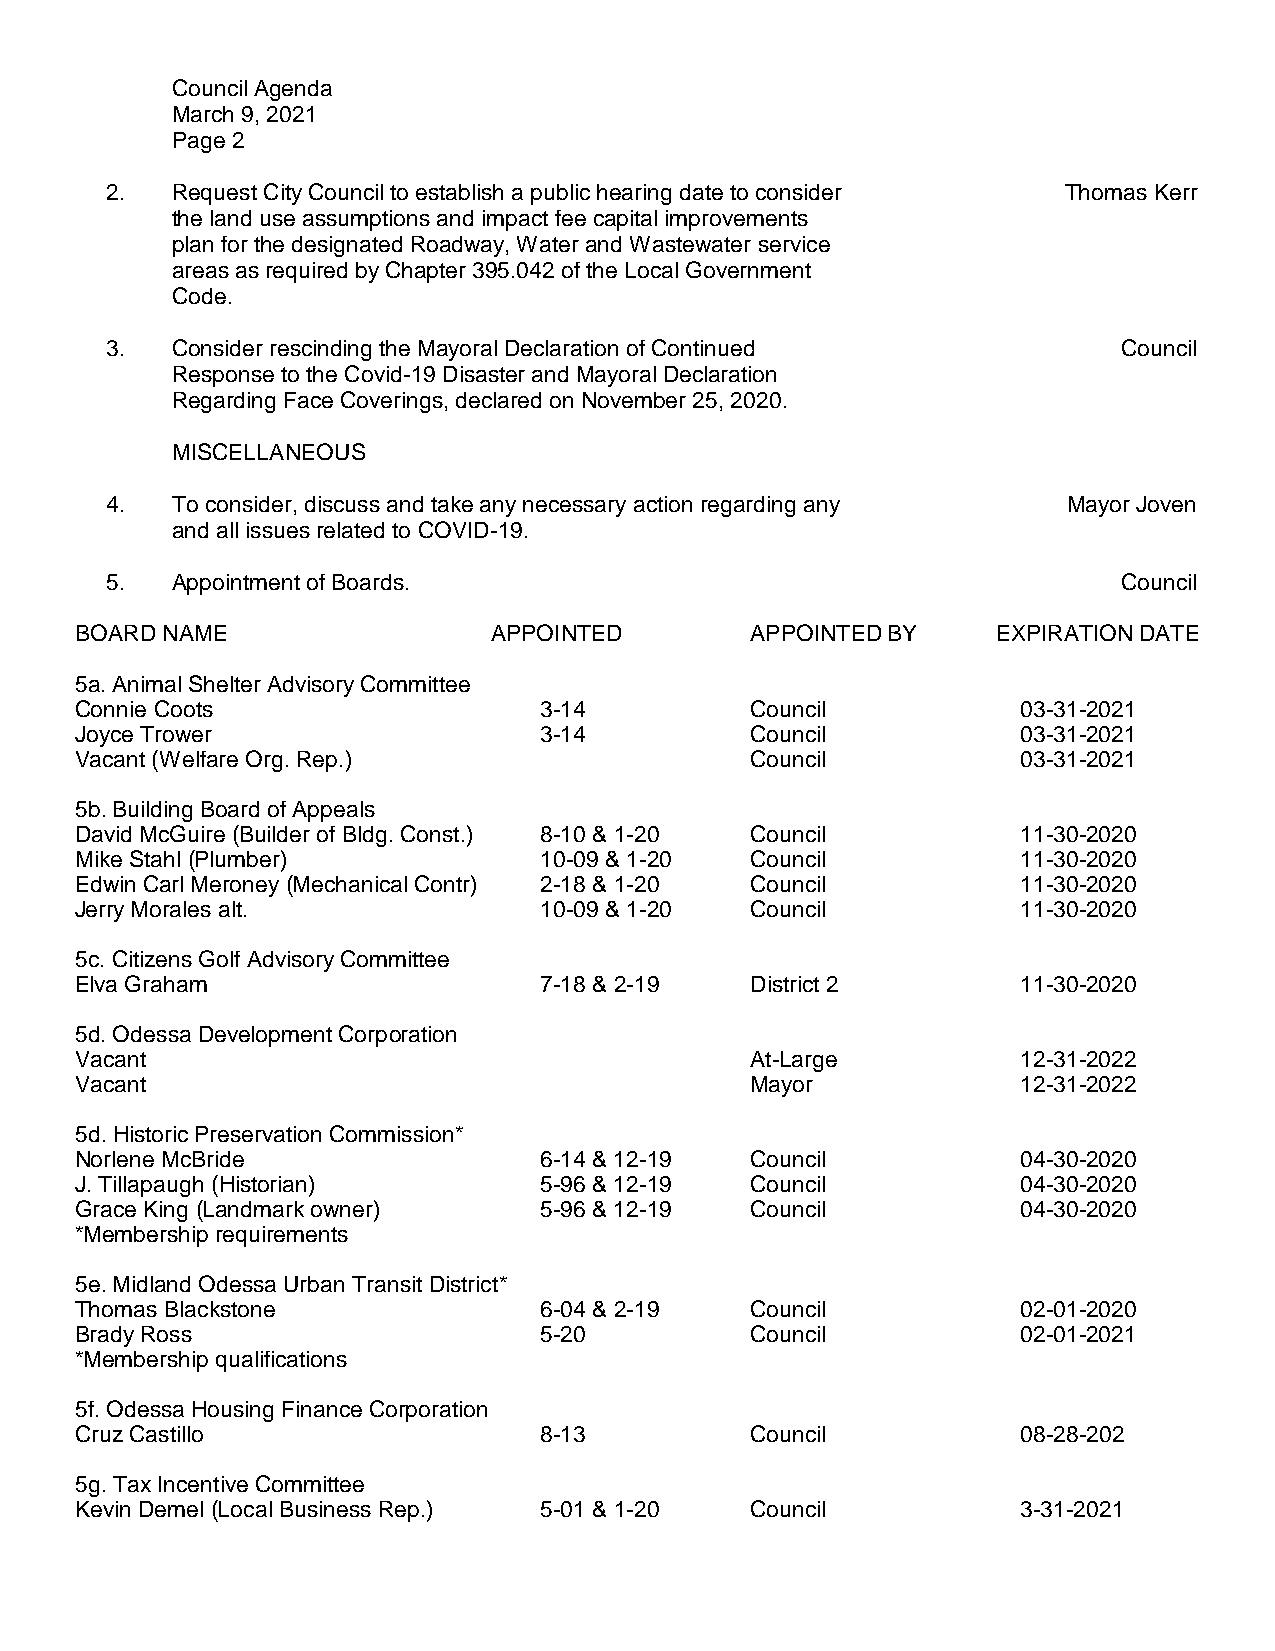
Council Agenda
 March 9, 2021
 Page 2
 2.  Request City Council to establish a public hearing date to consider Thomas Kerr
 the land use assumptions and impact fee capital improvements
 plan for the designated Roadway, Water and Wastewater service
 areas as required by Chapter 395.042 of the Local Government
 Code.
 3.  Consider rescinding the Mayoral Declaration of Continued       Council
 Response to the Covid-19 Disaster and Mayoral Declaration
 Regarding Face Coverings, declared on November 25, 2020.
 MISCELLANEOUS
 4.  To consider, discuss and take any necessary action regarding any Mayor Joven
 and all issues related to COVID-19.
 5.  Appointment of Boards.                                         Council
 BOARD NAME                 APPOINTED         APPOINTED BY    EXPIRATION DATE
 5a. Animal Shelter Advisory Committee
 Connie Coots                   3-14          Council           03-31-2021
 Joyce Trower                   3-14          Council           03-31-2021
 Vacant (Welfare Org. Rep.)                   Council           03-31-2021
 5b. Building Board of Appeals
 David McGuire (Builder of Bldg. Const.) 8-10 & 1-20 Council    11-30-2020
 Mike Stahl (Plumber)           10-09 & 1-20  Council           11-30-2020
 Edwin Carl Meroney (Mechanical Contr) 2-18 & 1-20 Council      11-30-2020
 Jerry Morales alt.             10-09 & 1-20  Council           11-30-2020
 5c. Citizens Golf Advisory Committee
 Elva Graham                    7-18 & 2-19   District 2        11-30-2020
 5d. Odessa Development Corporation
 Vacant                                       At-Large          12-31-2022
 Vacant                                       Mayor             12-31-2022
 5d. Historic Preservation Commission*
 Norlene McBride                6-14 & 12-19  Council           04-30-2020
 J. Tillapaugh (Historian)      5-96 & 12-19  Council           04-30-2020
 Grace King (Landmark owner)    5-96 & 12-19  Council           04-30-2020
 *Membership requirements
 5e. Midland Odessa Urban Transit District*
 Thomas Blackstone              6-04 & 2-19   Council           02-01-2020
 Brady Ross                     5-20          Council           02-01-2021
 *Membership qualifications
 5f. Odessa Housing Finance Corporation
 Cruz Castillo                  8-13          Council           08-28-202
 5g. Tax Incentive Committee
 Kevin Demel (Local Business Rep.) 5-01 & 1-20 Council          3-31-2021